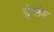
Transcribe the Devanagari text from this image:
इंग्‍लैड